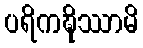
ပရိကဍ္ဎိဿာမိ